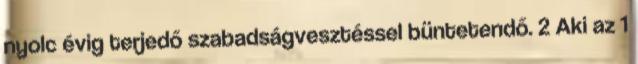
nyolc évig terjedő szabadságvesztéssel büntetendő. 2 Aki az 1